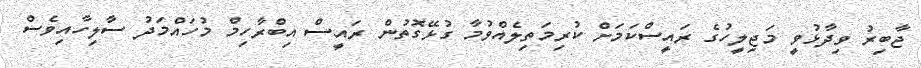
ޖާބިރު ވިދާޅުވީ މަޖިލީހުގެ ރައީސްކަމަށް ކުރިމަތިލެއްވުމާ ގުޅޭގޮތުން ރައީސް އިބްރާހިމް މުހައްމަދު ސާލިހާއިވެސް